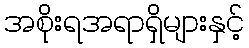
အစိုးရအရာရှိများနှင့်